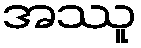
အဿူ